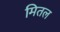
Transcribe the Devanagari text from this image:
मितल